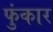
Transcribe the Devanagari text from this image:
फुंकार